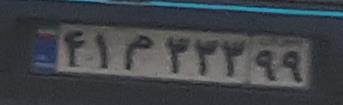
۴۱م۳۳۳۹۹